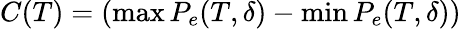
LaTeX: C(T)=(\operatorname*{max}P_{e}(T,\delta)-\operatorname*{min}P_{e}(T,\delta))